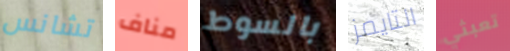
تشانس مناف بالسوط التايمز تعبثي